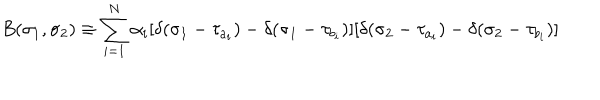
B ( \sigma _ { 1 } , \sigma _ { 2 } ) \equiv \sum _ { i = 1 } ^ { N } \alpha _ { i } [ \delta ( \sigma _ { 1 } - \tau _ { a _ { i } } ) - \delta ( \sigma _ { 1 } - \tau _ { b _ { i } } ) ] [ \delta ( \sigma _ { 2 } - \tau _ { a _ { i } } ) - \delta ( \sigma _ { 2 } - \tau _ { b _ { i } } ) ]